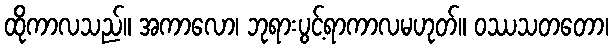
ထိုကာလသည်။ အကာလော၊ ဘုရားပွင့်ရာကာလမဟုတ်။ ဝဿသတတော၊